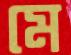
মে